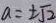
a = \pm \sqrt { 2 }